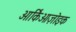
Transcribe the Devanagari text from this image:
आर्किओज़ोइक